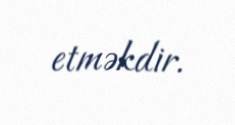
etməkdir.